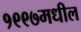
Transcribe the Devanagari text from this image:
१९९७मधील